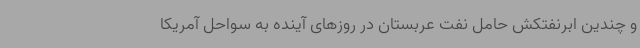
و چندین ابرنفتکش حامل نفت عربستان در روزهای آینده به سواحل آمریکا